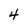
Character: 4